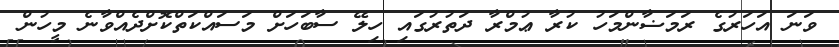
ވަނަ އަހަރުގެ ރަމަޟާންމަހު ކުރާ ޢުމްރާ ދަތުރުގައި ހިލޭ ސާބަހަށް މަސައްކަތްކޮށްދެއްވާނެ މީހުން